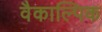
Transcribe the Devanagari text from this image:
वैकाल्पिक